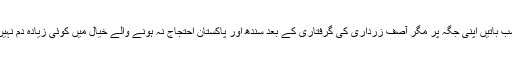
سب باتیں اپنی جگہ پر مگر آصف زرداری کی گرفتاری کے بعد سندھ اور پاکستان احتجاج نہ ہونے والے خیال میں کوئی زیادہ دم نہیں۔